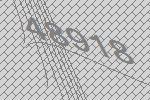
48918